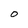
Character: O